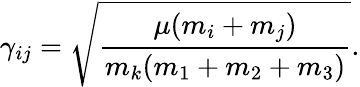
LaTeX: \gamma_{ij}=\sqrt{\frac{\mu(m_{i}+m_{j})}{m_{k}(m_{1}+m_{2}+m_{3})}}.